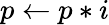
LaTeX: p\gets p*i